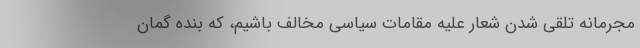
مجرمانه تلقی شدن شعار علیه مقامات سیاسی مخالف باشیم، که بنده گمان